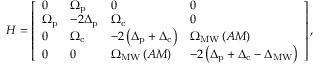
H = \left[ \begin{array} { l l l l } { 0 } & { \Omega _ { \mathrm { p } } } & { 0 } & { 0 } \\ { \Omega _ { \mathrm { p } } } & { - 2 \Delta _ { \mathrm { p } } } & { \Omega _ { \mathrm { c } } } & { 0 } \\ { 0 } & { \Omega _ { \mathrm { c } } } & { - 2 \left( \Delta _ { \mathrm { p } } + \Delta _ { \mathrm { c } } \right) } & { \Omega _ { \mathrm { M W } } \left( A M \right) } \\ { 0 } & { 0 } & { \Omega _ { \mathrm { M W } } \left( A M \right) } & { - 2 \left( \Delta _ { \mathrm { p } } + \Delta _ { \mathrm { c } } - \Delta _ { { \mathrm { M W } } } \right) } \end{array} \right] ,